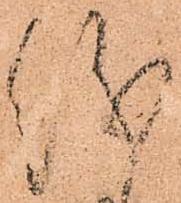
儀